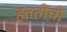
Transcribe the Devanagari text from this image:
हततींची